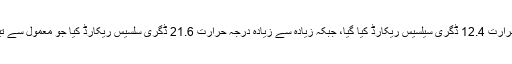
کم از کم درجہ حرارت 12.4 ڈگری سیلسیس ریکارڈ کیا گیا، جبکہ زیادہ سے زیادہ درجہ حرارت 21.6 ڈگری سلسیس ریکارڈ کیا جو معمول سے تین ڈگری کم ہے۔